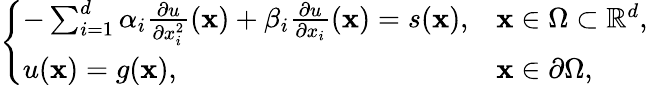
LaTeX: \left\{ \begin{array}{ll}{\begin{array}{ll}{-\sum_{i=1}^{d}\alpha_{i}\frac{\partial u}{\partial x_{i}^{2}}(\mathbf{x})+\beta_{i}\frac{\partial u}{\partial x_{i}}(\mathbf{x})=s(\mathbf{x}),}&{\mathbf{x}\in\Omega\subset\mathbb{R}^{d},}\\ {u(\mathbf{x})=g(\mathbf{x}),}&{\mathbf{x}\in\partial\Omega,}\end{array}}\end{array}\right.